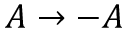
A \to - A